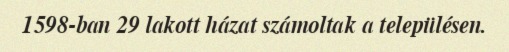
1598-ban 29 lakott házat számoltak a településen.